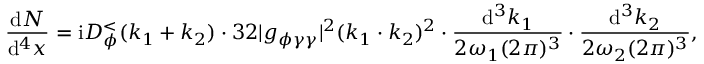
\frac { \mathrm { d } N } { \mathrm { d } ^ { 4 } x } = \mathrm { i } D _ { \phi } ^ { < } ( k _ { 1 } + k _ { 2 } ) \cdot 3 2 | g _ { \phi \gamma \gamma } | ^ { 2 } ( k _ { 1 } \cdot k _ { 2 } ) ^ { 2 } \cdot \frac { \mathrm { d } ^ { 3 } k _ { 1 } } { 2 \omega _ { 1 } ( 2 \pi ) ^ { 3 } } \cdot \frac { \mathrm { d } ^ { 3 } k _ { 2 } } { 2 \omega _ { 2 } ( 2 \pi ) ^ { 3 } } ,